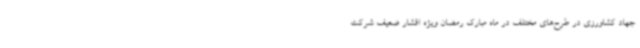
جهاد کشاورزی در طرح‌های مختلف در ماه مبارک رمضان ویژه اقشار ضعیف شرکت